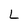
Character: L